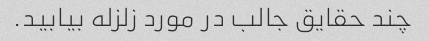
چند حقایق جالب در مورد زلزله بیابید.